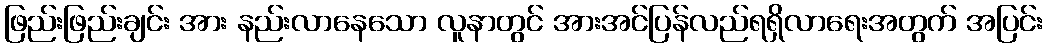
ဖြည်းဖြည်းချင်း အား နည်းလာနေသော လူနာတွင် အားအင်ပြန်လည်ရရှိလာရေးအတွက် အပြင်း